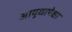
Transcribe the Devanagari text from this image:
आयुधापेक्षा